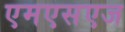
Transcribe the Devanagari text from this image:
एमएसएज